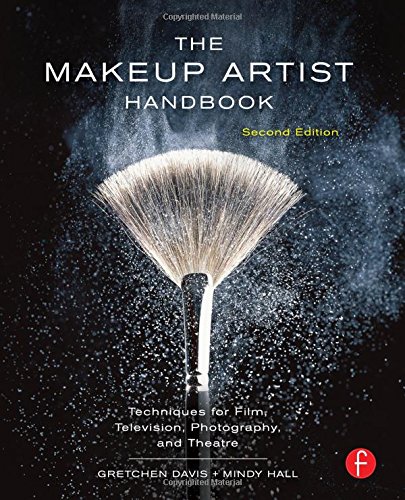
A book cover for The Makeup Artist Handbook: Techniques for Film, Television, Photography, and Theatre; Gretchen Davis; Humor & Entertainment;